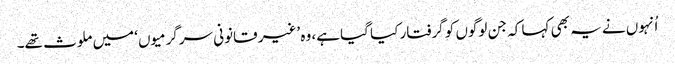
اُنہوں نے یہ بھی کہا کہ جن لوگوں کو گرفتار کیا گیا ہے، وہ ’غیر قانونی سرگرمیوں‘ میں ملوث تھے۔